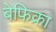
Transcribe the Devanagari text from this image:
बेफिक्रा